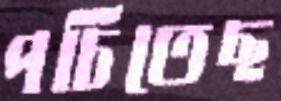
পচিতেছ